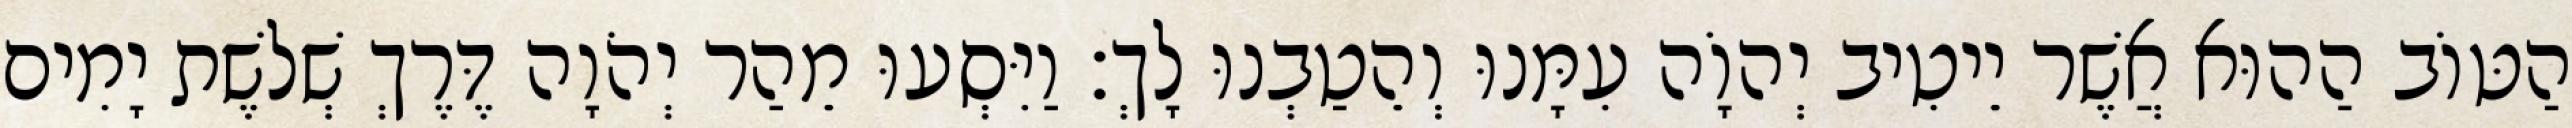
הַטּוֹב הַהוּא אֲשֶׁר יֵיטִיב יְהוָֹה עִמָּנוּ וְהֵטַבְנוּ לָךְ׃ וַיִּסְעוּ מֵהַר יְהֹוָה דֶּרֶךְ שְׁלשֶׁת יָמִים